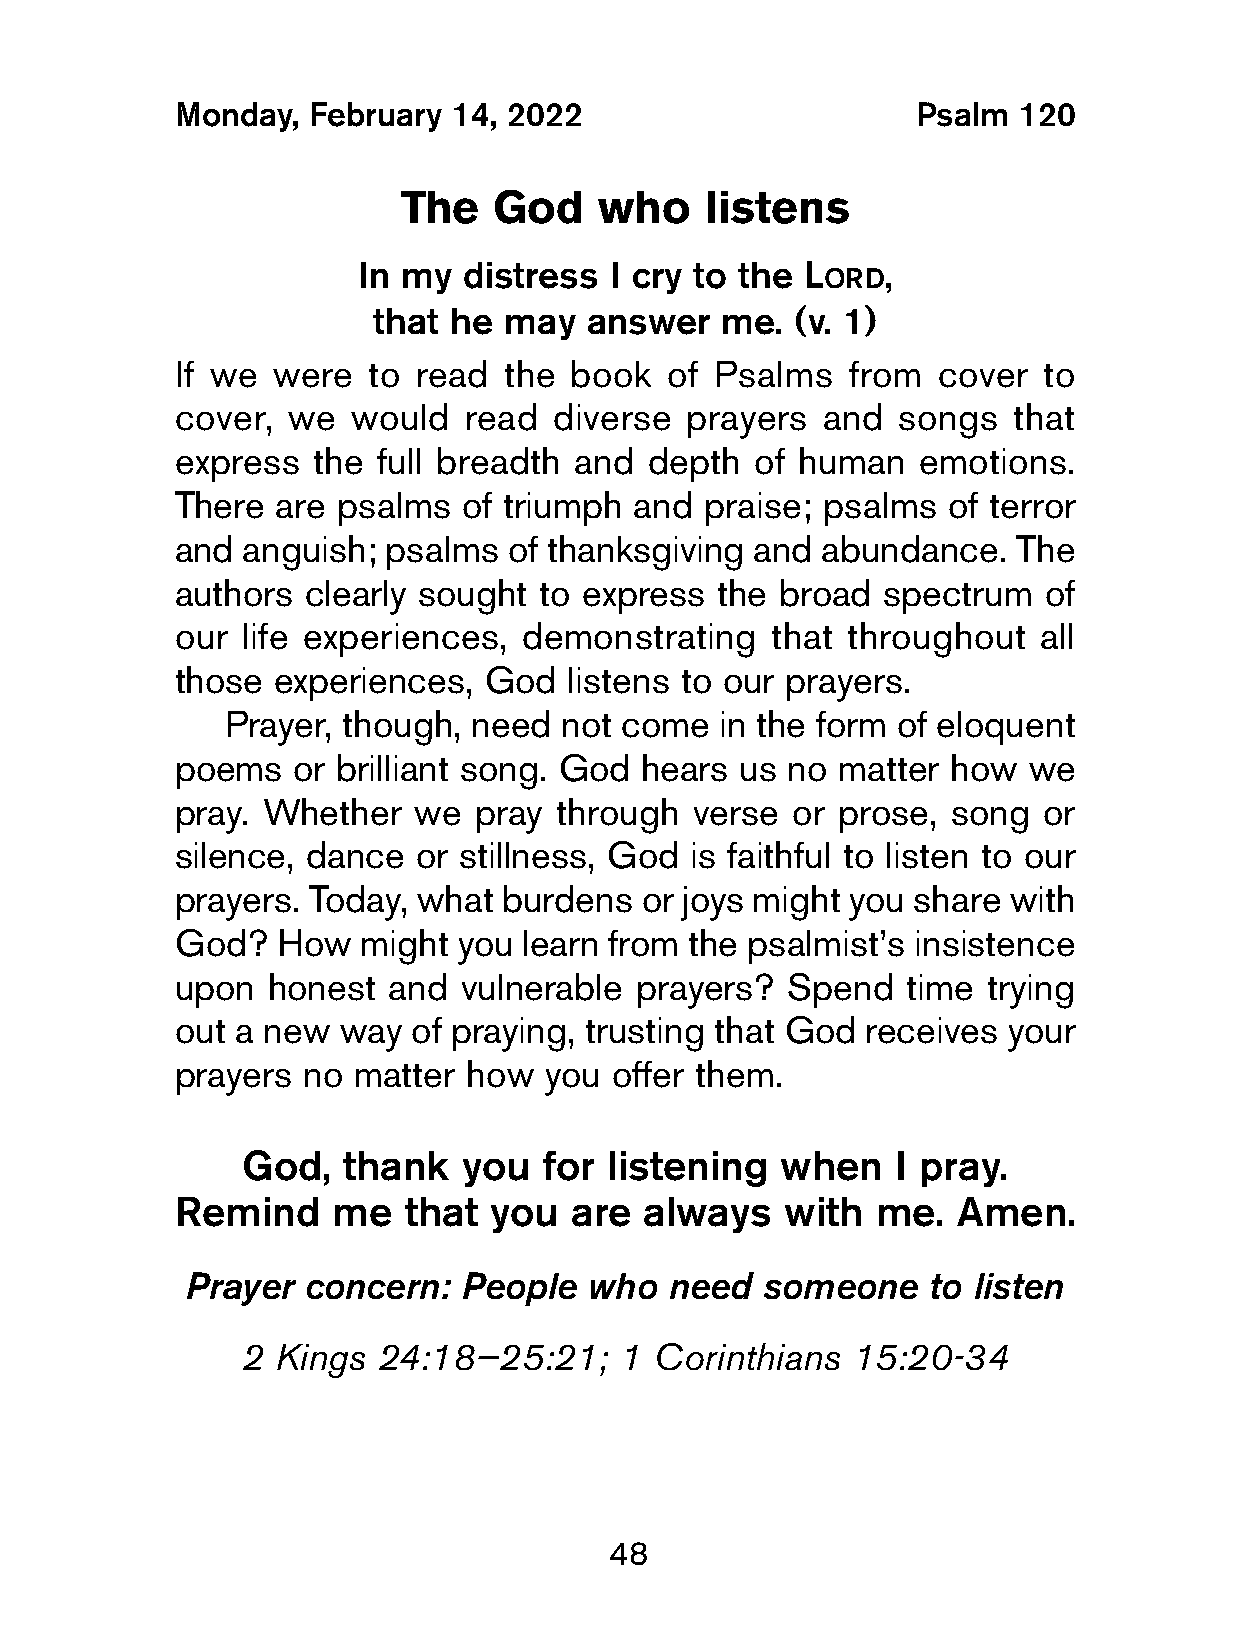
Monday,  February  14, 2022                      Psalm  120
 The    God   who     listens
 In my  distress I cry to the L    ,
 ord
 that he may   answer   me. (v. 1)
 If we  were  to read  the  book  of Psalms   from  cover  to
 cover,  we  would   read diverse  prayers  and  songs   that
 express   the full breadth and  depth  of human   emotions.
 There  are psalms  of triumph  and  praise; psalms  of terror
 and  anguish; psalms   of thanksgiving and abundance.   The
 authors  clearly sought  to express the broad  spectrum   of
 our  life experiences, demonstrating    that throughout   all
 those  experiences,  God  listens to our prayers.
 Prayer, though, need  not come   in the form of eloquent
 poems   or brilliant song. God hears  us no matter  how  we
 pray. Whether   we  pray  through  verse or prose,  song  or
 silence, dance  or stillness, God  is faithful to listen to our
 prayers. Today,  what burdens  or joys might you share  with
 God?   How   might you learn from the psalmist’s insistence
 upon   honest  and vulnerable  prayers?  Spend   time trying
 out a new  way  of praying, trusting that God receives  your
 prayers  no matter  how  you offer them.
 God,   thank  you   for listening   when   I pray.
 Remind     me   that you   are always    with  me.  Amen.
 Prayer  concern:  People   who  need  someone    to listen
 2 Kings  24:18—25:21;    1 Corinthians  15:20-34
 48